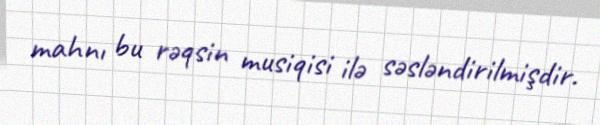
mahnı bu rəqsin musiqisi ilə səsləndirilmişdir.